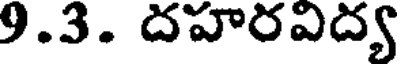
9.3. దహరవిద్య